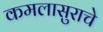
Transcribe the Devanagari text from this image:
कमलासुराचे